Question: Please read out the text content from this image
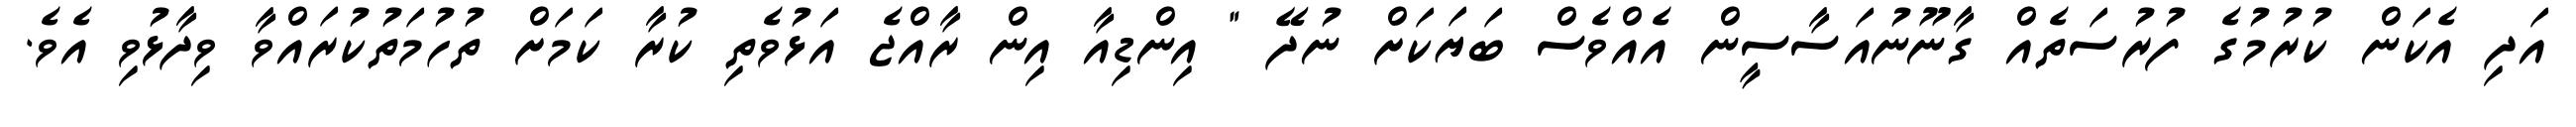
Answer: އަދި އެކަން ކުރުމުގެ ފުރުސަތެއް ގާނޫނުއަސާސީން އެއްވެސް ބަޔަކަށް ނުދޭ " އިންޑިއާ އިން ރާއްޖެ އަޅުވެތި ކުރާ ކަމަށް ތުހުމަތުކުރައްވާ ވިދާޅުވި އެވެ.